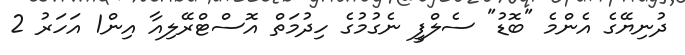
ދުނިޔޭގެ އެންމެ "ބޮޑު" ސެލްފީ ނެގުމުގެ ހިދުމަތް އޮސްޓްރޭލިއާ އިން1 އަހަރު 2